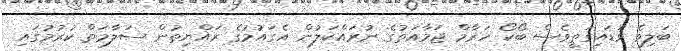
ބަލިވެ ވަޑައިގަތީވެސް ބޯކޯ ހަރާމް ޖަމާއަތުގެ ނުރައްކަލުން އެގައުމުގެ ރައްޔިތުން ސަލާމަތް ކުރުމުގައި